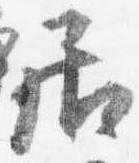
居